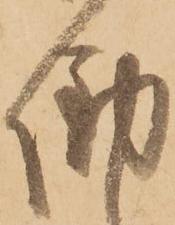
働